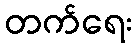
တက်ရေး